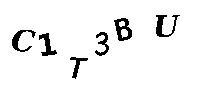
C1T3BU